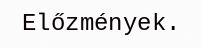
Előzmények.